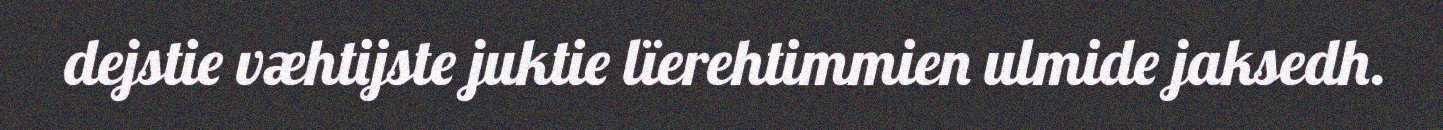
dejstie væhtijste juktie lïerehtimmien ulmide jaksedh.